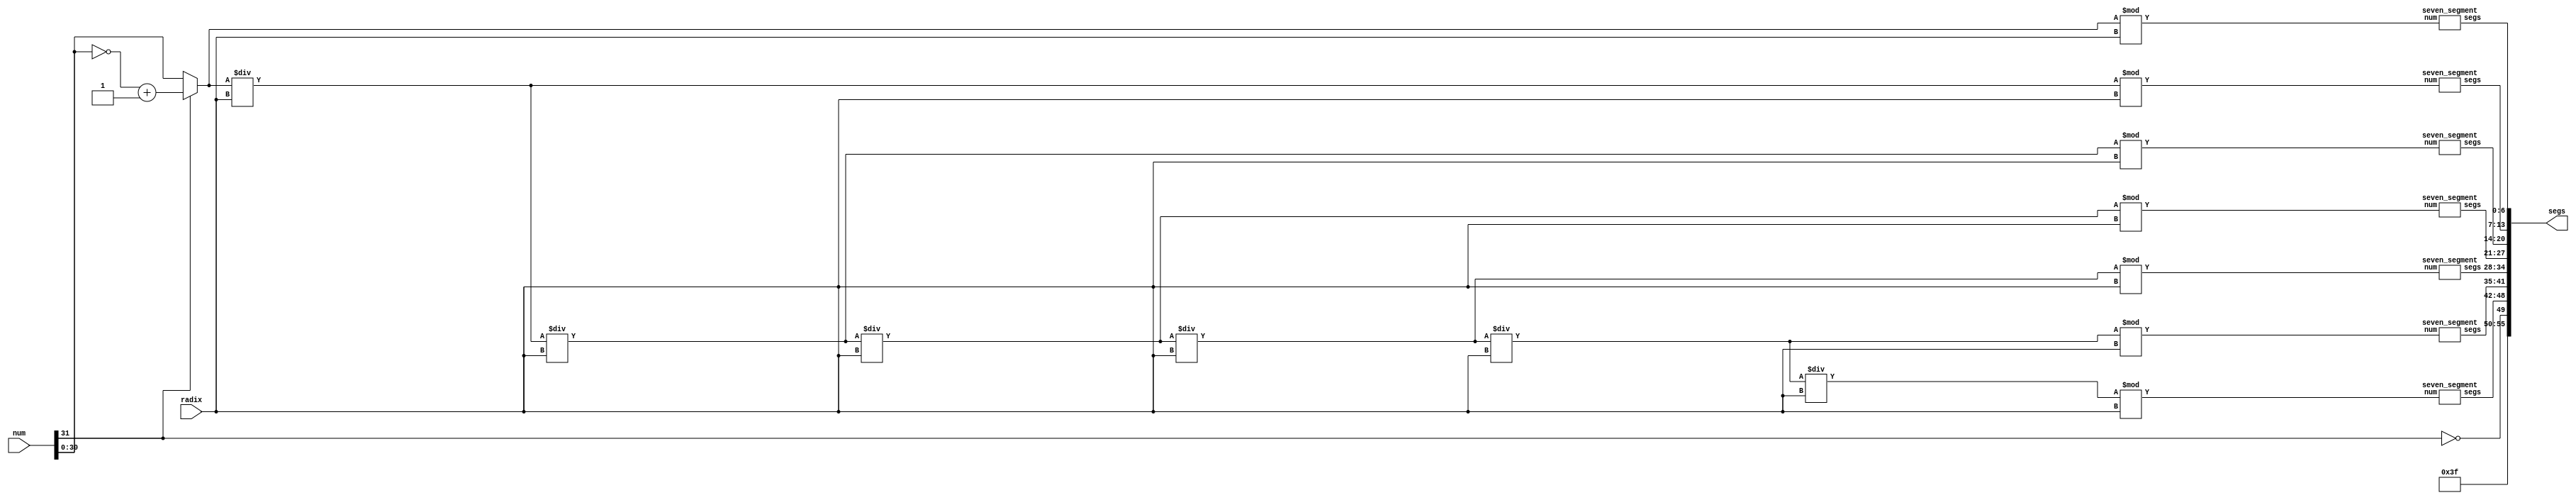
module x8_seven_segment_signed(num, radix, segs);

	input [4:0] radix;
	input [31:0] num;
	output reg [55:0] segs;
	
	wire [6:0] seg1, seg2, seg3, seg4, seg5, seg6, seg7;
	reg [30:0] div0, div1, div2, div3, div4, div5, div6;
	
	seven_segment SEG1(div0 % radix, seg1);
	seven_segment SEG2(div1 % radix, seg2);
	seven_segment SEG3(div2 % radix, seg3);
	seven_segment SEG4(div3 % radix, seg4);
	seven_segment SEG5(div4 % radix, seg5);
	seven_segment SEG6(div5 % radix, seg6);
	seven_segment SEG7(div6 % radix, seg7);
	
	always @(*) begin
	
		segs = {6'b111111, ~num[31], seg7, seg6, seg5, seg4, seg3, seg2, seg1};
		
		if (num[31])
			div0 = ~num[30:0] + 1'b1;
		else
			div0 = num[30:0];
		
		div1 = div0 / radix;
		div2 = div1 / radix;
		div3 = div2 / radix;
		div4 = div3 / radix;
		div5 = div4 / radix;
		div6 = div5 / radix;
		
	end

endmodule



module seven_segment(num, segs);

	input [30:0] num;
	output reg [6:0] segs;

	always @(*) begin
	
		case (num[3:0])
		
			4'h0: segs = 7'b0000001;
			4'h1: segs = 7'b1001111;
			4'h2: segs = 7'b0010010;
			4'h3: segs = 7'b0000110;
			4'h4: segs = 7'b1001100;
			4'h5: segs = 7'b0100100;
			4'h6: segs = 7'b0100000;
			4'h7: segs = 7'b0001111;
			4'h8: segs = 7'b0000000;
			4'h9: segs = 7'b0000100;
			4'ha: segs = 7'b0001000;
			4'hb: segs = 7'b1100000;
			4'hc: segs = 7'b1110010;
			4'hd: segs = 7'b1000010;
			4'he: segs = 7'b0110000;
			4'hf: segs = 7'b0111000;
		
		endcase
	
	end
	
endmodule